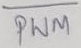
Text: PWM